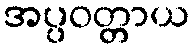
အပ္ပဝတ္တာယ